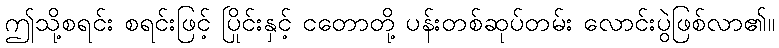
ဤသို့စရင်း စရင်းဖြင့် ပြိုင်းနှင့် ငတောတို့ ပန်းတစ်ဆုပ်တမ်း လောင်းပွဲဖြစ်လာ၏။